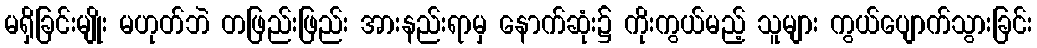
မရှိခြင်းမျိုး မဟုတ်ဘဲ တဖြည်းဖြည်း အားနည်းရာမှ နောက်ဆုံး၌ ကိုးကွယ်မည့် သူများ ကွယ်ပျောက်သွားခြင်း